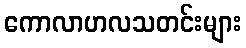
ကောလာဟလသတင်းများ